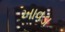
ખાવડા